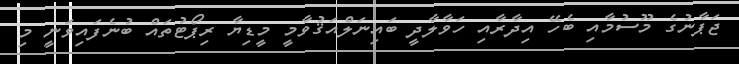
ޖަޕާނުގެ މޫސުމާއި ބެހޭ އިދާރާއި ހަވާލާދީ ބައިނަލްއަޤުވާމީ މީޑިޔާ ރިޕޯޓުތައް ބުނެފައިވަނީ މި